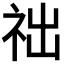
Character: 𥙋